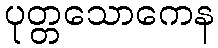
ပုတ္တသောကေန